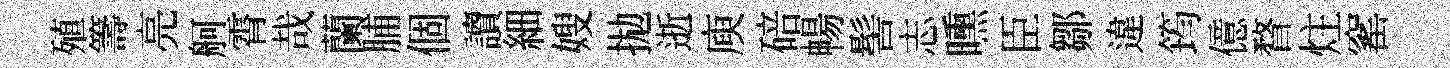
殖籌亮舸霄哉蘭脯個讀細嫂拋逝庾碚暢髻志曛臣鄒違筠億瞀炷窰